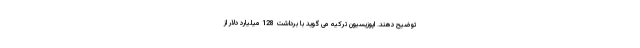
توضیح دهند. اپوزیسیون ترکیه می گوید با برداشت 128 میلیارد دلار از